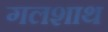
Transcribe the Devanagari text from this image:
गलशाथ